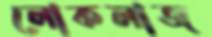
লোকলাজ